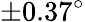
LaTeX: \pm 0.37^{\circ}